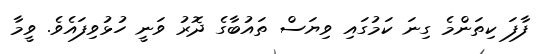
ފާފަ ކިތަންމެ ގިނަ ކަމުގައި ވިޔަސް ތައުބާގެ ދޮރު ވަނީ ހުޅުވިފައެވެ. ވީމާ